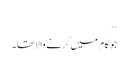
..
جو کام میں کرنے والا تھا۔